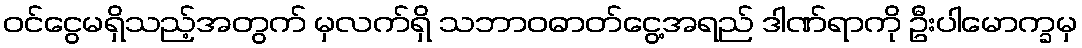
ဝင်ငွေမရှိသည့်အတွက် မှလက်ရှိ သဘာဝဓာတ်ငွေ့အရည် ဒါဏ်ရာကို ဦးပါမောက္ခမှ